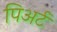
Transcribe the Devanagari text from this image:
पिअर्ट